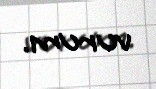
vurum.